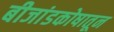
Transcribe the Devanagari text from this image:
बीजांडकोषातून